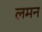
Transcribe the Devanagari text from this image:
लमन